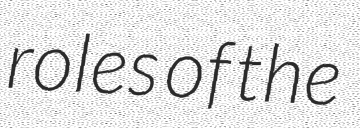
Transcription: roles of the